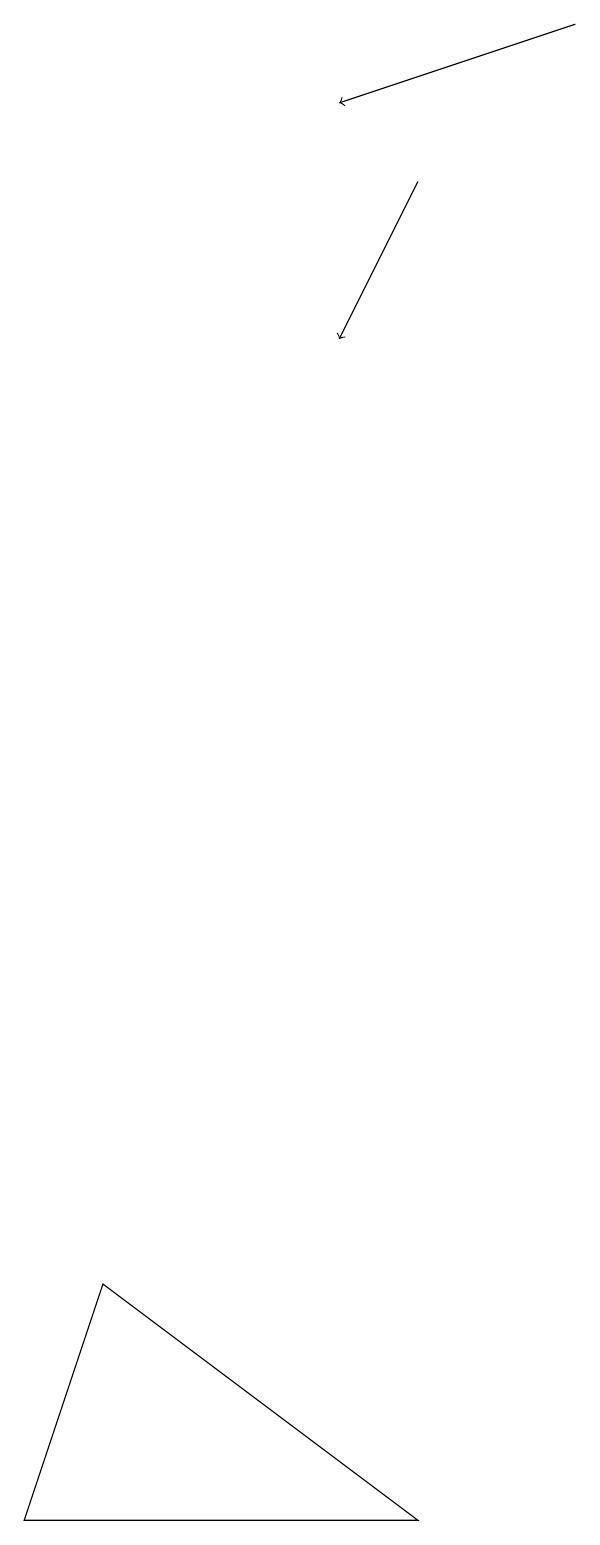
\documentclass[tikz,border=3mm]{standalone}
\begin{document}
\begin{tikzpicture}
\draw (1,0) -- (6,0) -- (2,3) -- cycle;
\draw[->] (8,19) -- (5,18);
\draw[->] (6,17) -- (5,15);
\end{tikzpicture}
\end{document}